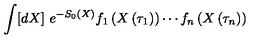
\int [ d X ] \ e ^ { - S _ { 0 } \left( X \right) } f _ { 1 } \left( X \left( \tau _ { 1 } \right) \right) \cdots f _ { n } \left( X \left( \tau _ { n } \right) \right)